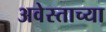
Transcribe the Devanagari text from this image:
अवेस्ताच्या